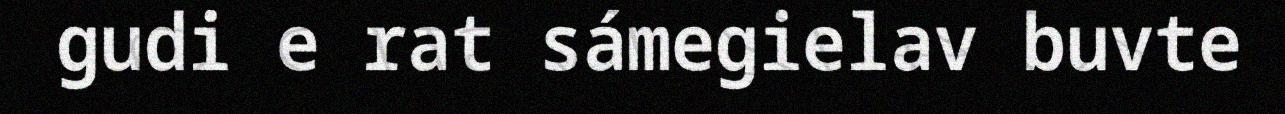
gudi e rat sámegielav buvte